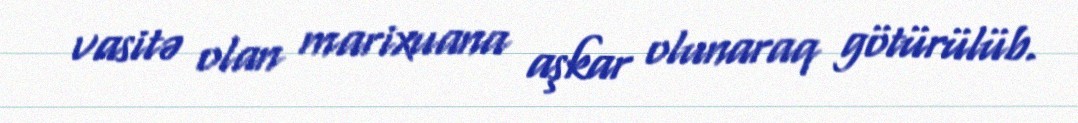
vasitə olan marixuana aşkar olunaraq götürülüb.